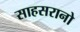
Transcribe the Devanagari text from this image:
साहसरानो